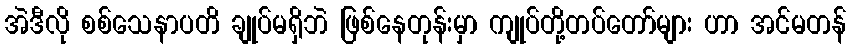
အဲဒီလို စစ်သေနာပတိ ချုပ်မရှိဘဲ ဖြစ်နေတုန်းမှာ ကျုပ်တို့တပ်တော်များ ဟာ အင်မတန်